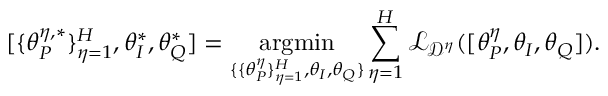
[ \{ \theta _ { P } ^ { \eta , * } \} _ { \eta = 1 } ^ { H } , \theta _ { I } ^ { * } , \theta _ { Q } ^ { * } ] = \underset { \{ \{ \theta _ { P } ^ { \eta } \} _ { \eta = 1 } ^ { H } , \theta _ { I } , \theta _ { Q } \} } { \mathrm { a r g m i n } } \sum _ { \eta = 1 } ^ { H } \mathcal { L } _ { \mathcal { D } ^ { \eta } } ( [ \theta _ { P } ^ { \eta } , \theta _ { I } , \theta _ { Q } ] ) .